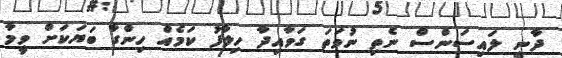
ދާނީ ލައިސަންސް ނެތި ނުވަތަ ގަވާއިދާ ހިލާފު ކަމެއް ހިންގާ ބަޔަކަށް ވީމާ